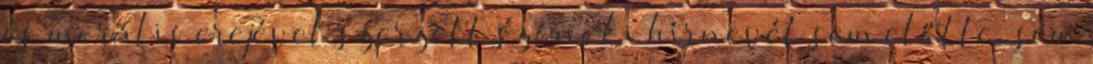
és morális erejével szerzett szónoki hírnevét sem előtte, sem